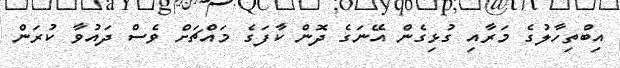
އިބްތިހާލުގެ މަރާއި ގުޅިގެން އޭނަގެ ދޮން ކާފަގެ މައްޗަށް ވެސް ދައުވާ ކުރަން